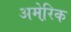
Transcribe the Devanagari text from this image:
अमेरि़क